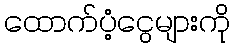
ထောက်ပံ့ငွေများကို